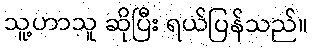
သူ့ဟာသူ ဆိုပြီး ရယ်ပြန်သည်။